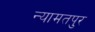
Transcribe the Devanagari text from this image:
न्यामतपुर